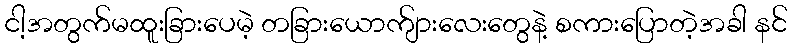
ငါ့အတွက်မထူးခြားပေမဲ့ တခြားယောက်ျားလေးတွေနဲ့ စကားပြောတဲ့အခါ နင်